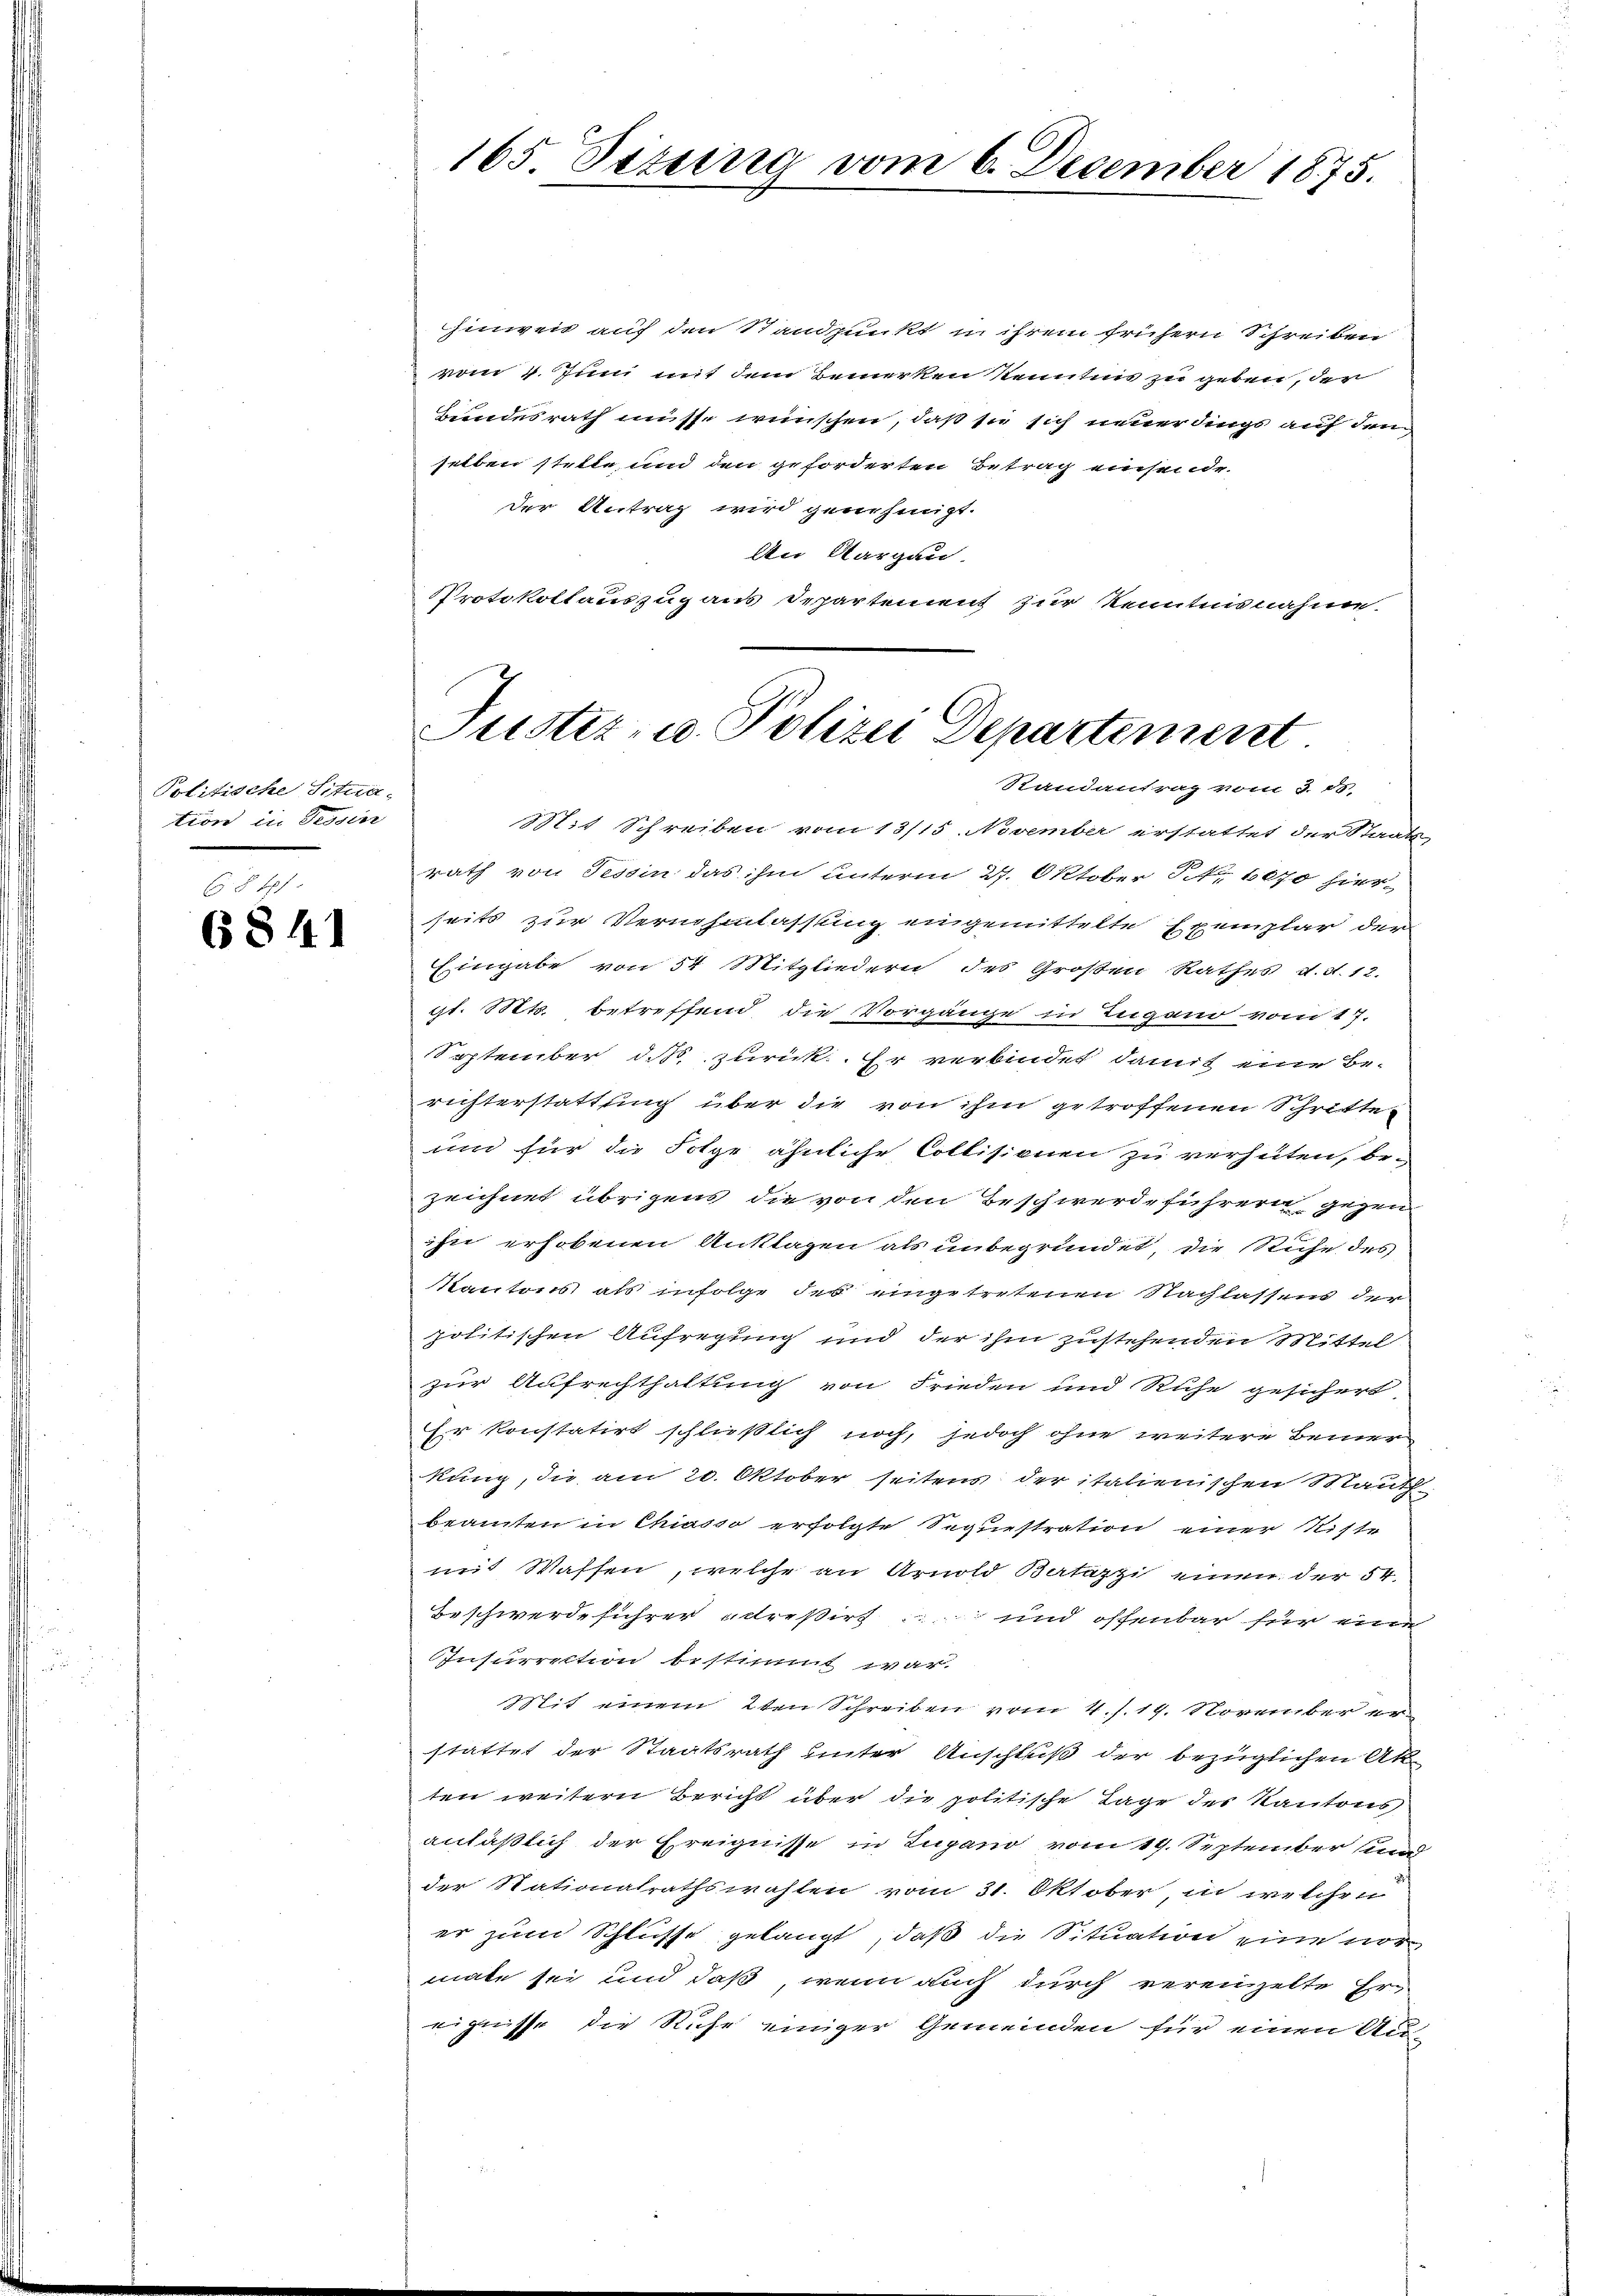
Politische Situa-
tion in Grosin

6 § 11
6841

Mit Schreiben vom 13/15. November erstattet der Staats-
rath von Tessin das ihm unterm 27. Oktober 1. 1070 hierseits zur Vernehmlassung eingemittelte Exemplar der
Eingabe von 54 Mitgliedern des Großen Rathes d.d. 12.
gl. Mts. betreffend die Vorgänge in Lugano vom 17.
September des zurück. Er verbindet, damit eine Be-
richterstattung über die von ihm getroffenen Schritte
und für die Folge ähnliche Collisionen zu verhüten, be-
zeichnet übrigens die von den Beschwerdeführern gegen
sie erhobenen Anklagen als unbegründet, die Ruhe des
Kantons, als infolge des eingetretenen Nachlassens der
politischen Aufregung und der ihm zustehenden Mittel
zur Aufrechthaltung von Frieden und Ruhe gesichert
Es konstatirt schließlich noch, jedoch ohne weitere Bemer
kung, die am 20. Oktober seitens der italienischen Mauth
beamten in Chiasso erfolgte Sequestration einer Riste
mit Waffen, welche an Arnold Batazzi einen der 54.
Beschwerdeführer treßirt und offenbar für eine
Insurrection bestimmt war.
Mit einem 2ten Schreiben vom 4./. 19. November erstattet der Staatsrath hinter Anschluß der bezüglichen Akt
ten weitern Bericht über die politische Tage der Kantons
anläßlich der Ereignisse in Lugano vom 19. September und
der Stationalrathswahlen vom 31. Oktober, in welchen
er zum Schlusse gelangt, daß die Situation eine nor
mate sei und daß, wenn auch durch vereinzelte Er
 grüsse die Ruhe einiger Gemeinden für einen An¬

165. Dezung vom 6. December 1875.

hinweit auf den Standpunkt in ihrem frühern Schreiben
vom 4. Juni mit dem Bemerken kenntnis zu geben, der
Bundesrath müsse wünschen, daß sie sich neuer dings auf dem
selben stelle, und den geforderten Betrag einsende-
der Antrag wird genehmigt.
An Aargau.
Protokollauszug aus Departement zur Kenntnisnahme.

Justiz- u. Polizei Departement
Randantrag vom 3. ds.